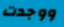
ووجدت